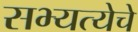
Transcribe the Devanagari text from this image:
सभ्यत्येचे